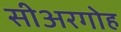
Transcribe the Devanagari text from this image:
सीअरगोह